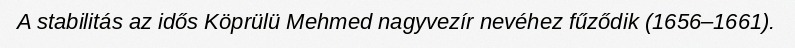
A stabilitás az idős Köprülü Mehmed nagyvezír nevéhez fűződik (1656–1661).